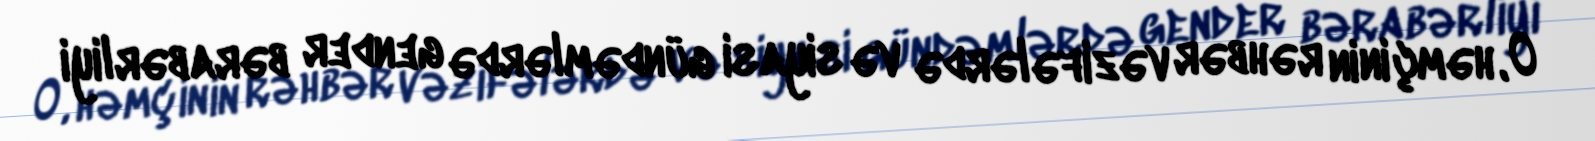
O, həmçinin rəhbər vəzifələrdə və siyasi gündəmlərdə gender bərabərliyi